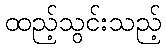
ထည့်သွင်းသည့်